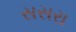
સસરા